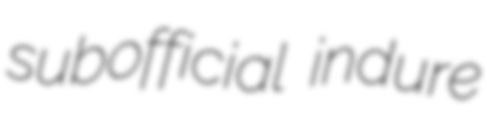
subofficial indure